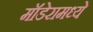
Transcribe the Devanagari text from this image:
मॉडेरामध्ये